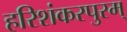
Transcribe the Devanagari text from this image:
हरिशंकरपुरम्